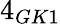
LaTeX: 4_{GK1}